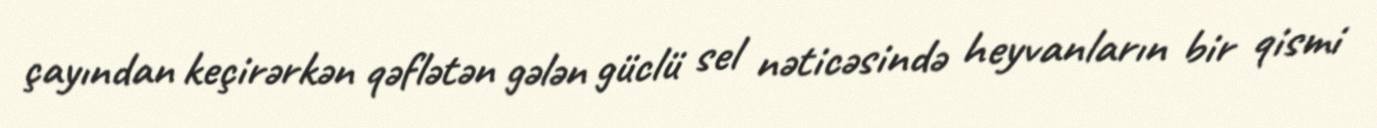
çayından keçirərkən qəflətən gələn güclü sel nəticəsində heyvanların bir qismi